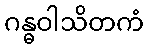
ဂန္ဓဝါသိတကံ